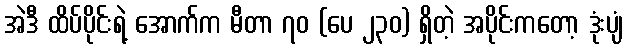
အဲဒီ ထိပ်ပိုင်းရဲ့ အောက်က မီတာ ၇၀ (ပေ ၂၃၀) ရှိတဲ့ အပိုင်းကတော့ ဒုံးပျံ